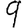
Digit: 9